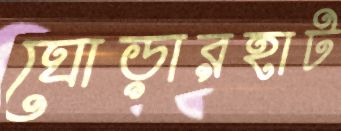
ঘোড়ারহাট